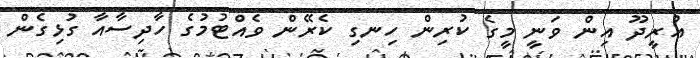
އުރީދޫ އިން ވަނީ މީގެ ކުރިން ހިނގި ކެރޭން ވެއްޓުމުގެ ހާދިސާއާ ގުޅިގެން